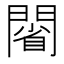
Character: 𨵥